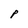
Character: P